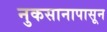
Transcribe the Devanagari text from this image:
नुकसानापासून